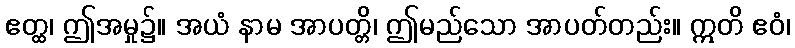
ဧတ္ထ၊ ဤအမှု၌။ အယံ နာမ အာပတ္တိ၊ ဤမည်သော အာပတ်တည်း။ ဣတိ ဧဝံ၊